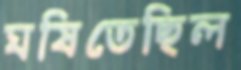
ঘষিতেছিল